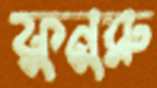
ফুনুরু